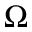
\Omega